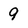
Character: 9